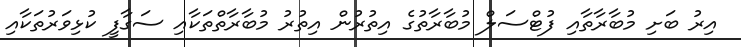
އިރު ބަށި މުބާރާތާއި ފުޓްސަލް މުބާރާތުގެ އިތުރުން އިތުރު މުބާރާތްތަކާއި ސަގާފީ ކުޅިވަރުތަކާއި